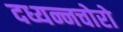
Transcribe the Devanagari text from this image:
दध्यन्नचोरो